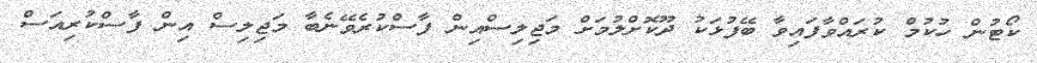
ކޯޓުން ހުކުމް ކުރައްވާފައިވާ ބޭފުޅަކު ދޫކޮށްލުމަށް މަޖިލިސްއިން ފާސްކުރެވޭނެބާ މަޖިލިސް އިން ފާސްކުރިއަސް